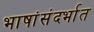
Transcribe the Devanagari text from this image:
भाषांसंदर्भात